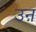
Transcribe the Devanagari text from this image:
उऩ